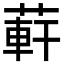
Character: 蓒